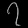
Digit: ၇